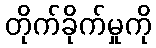
တိုက်ခိုက်မှုကို